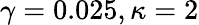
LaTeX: \gamma=0.025,\kappa=2